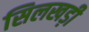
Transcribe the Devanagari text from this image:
सिलखड़ी